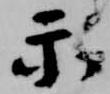
示